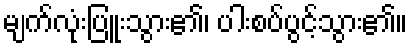
မျက်လုံးပြူးသွား၏၊ ပါးစပ်ပွင့်သွား၏။